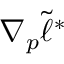
\nabla _ { p } \tilde { \ell } ^ { * }